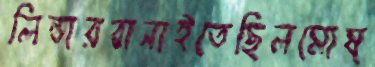
লিন্ডারবানাইতেছিলমোষ্